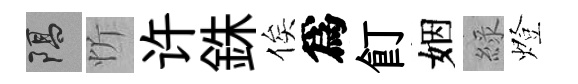
隔忻许銖俟爲飣姻綠燈